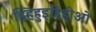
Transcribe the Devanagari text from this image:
झ्हिहुइहिहीओ